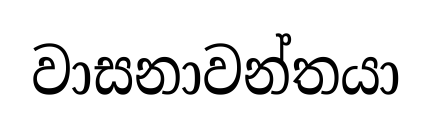
වාසනාවන්තයා